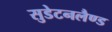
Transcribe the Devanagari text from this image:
सुडेटनलैण्ड